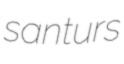
santurs